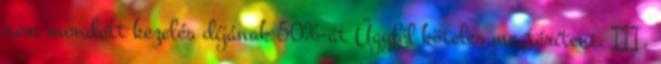
nem mondott kezelés díjának 50%-át Ügyfél köteles megtéríteni. III.